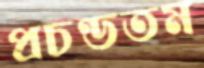
প্রচণ্ডতম